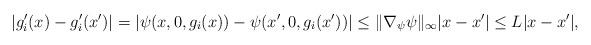
LaTeX: \begin{align*} |g_i'(x) - g_i'(x')| = |\psi(x, 0, g_i(x)) - \psi(x', 0, g_i(x'))| \le \|\nabla_\psi \psi\|_\infty |x-x'| \le L |x-x'|, \end{align*}